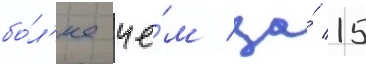
бо́л'ее че́м за́ 15